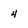
Character: 4